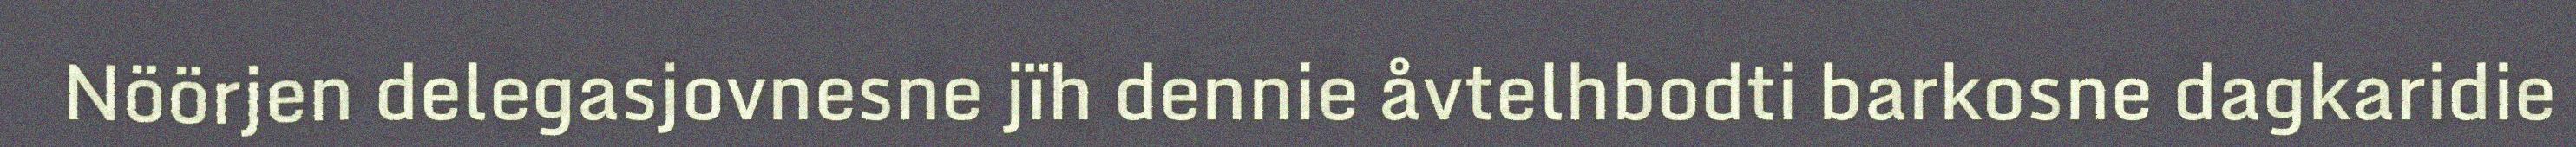
Nöörjen delegasjovnesne jïh dennie åvtelhbodti barkosne dagkaridie